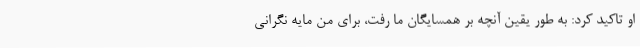
او تاکید کرد: به طور یقین آنچه بر همسایگان ما رفت، برای من مایه نگرانی